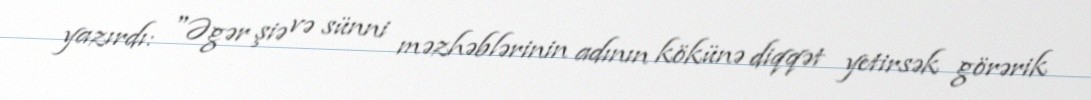
yazırdı: "Əgər şiə və sünni məzhəblərinin adının kökünə diqqət yetirsək görərik